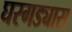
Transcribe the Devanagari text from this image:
घरगड्यास